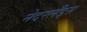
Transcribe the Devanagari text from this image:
नेदरलँड्‌स